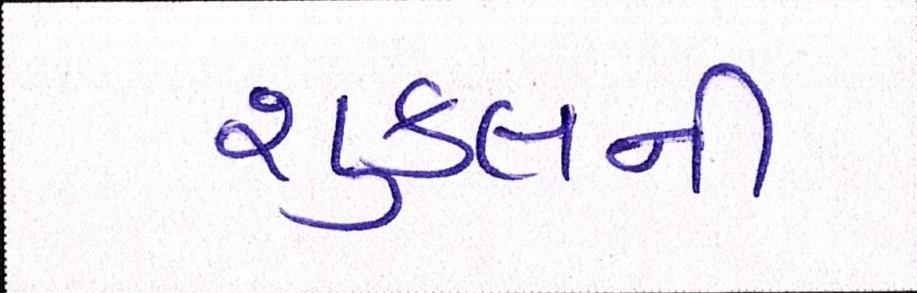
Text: શુક્લની